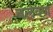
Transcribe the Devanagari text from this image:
बलवण